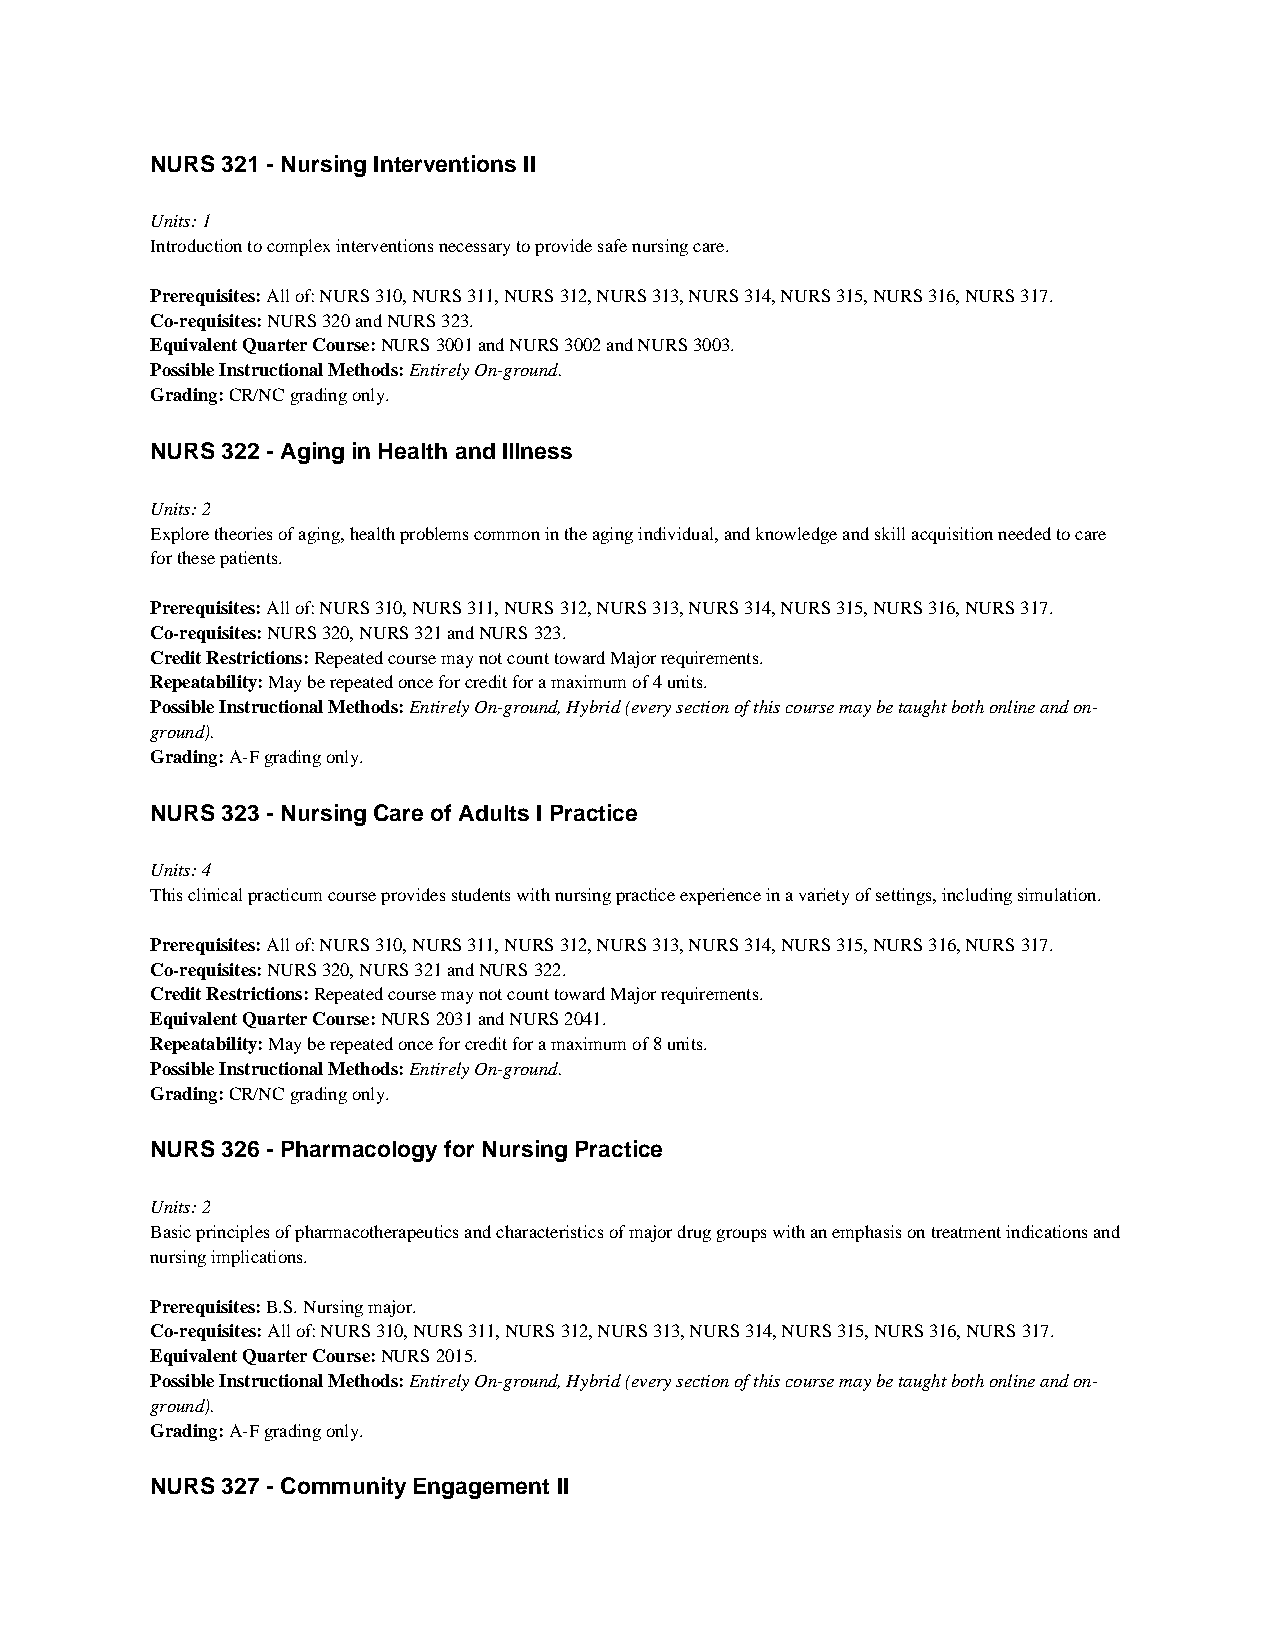
NURS 321 - Nursing Interventions II
 Units: 1
 Introduction to complex interventions necessary to provide safe nursing care.
 Prerequisites: All of: NURS 310, NURS 311, NURS 312, NURS 313, NURS 314, NURS 315, NURS 316, NURS 317.
 Co-requisites: NURS 320 and NURS 323.
 Equivalent Quarter Course: NURS 3001 and NURS 3002 and NURS 3003.
 Possible Instructional Methods: Entirely On-ground.
 Grading: CR/NC grading only.
 NURS 322 - Aging in Health and Illness
 Units: 2
 Explore theories of aging, health problems common in the aging individual, and knowledge and skill acquisition needed to care
 for these patients.
 Prerequisites: All of: NURS 310, NURS 311, NURS 312, NURS 313, NURS 314, NURS 315, NURS 316, NURS 317.
 Co-requisites: NURS 320, NURS 321 and NURS 323.
 Credit Restrictions: Repeated course may not count toward Major requirements.
 Repeatability: May be repeated once for credit for a maximum of 4 units.
 Possible Instructional Methods: Entirely On-ground, Hybrid (every section of this course may be taught both online and on-
 ground).
 Grading: A-F grading only.
 NURS 323 - Nursing Care of Adults I Practice
 Units: 4
 This clinical practicum course provides students with nursing practice experience in a variety of settings, including simulation.
 Prerequisites: All of: NURS 310, NURS 311, NURS 312, NURS 313, NURS 314, NURS 315, NURS 316, NURS 317.
 Co-requisites: NURS 320, NURS 321 and NURS 322.
 Credit Restrictions: Repeated course may not count toward Major requirements.
 Equivalent Quarter Course: NURS 2031 and NURS 2041.
 Repeatability: May be repeated once for credit for a maximum of 8 units.
 Possible Instructional Methods: Entirely On-ground.
 Grading: CR/NC grading only.
 NURS 326 - Pharmacology for Nursing Practice
 Units: 2
 Basic principles of pharmacotherapeutics and characteristics of major drug groups with an emphasis on treatment indications and
 nursing implications.
 Prerequisites: B.S. Nursing major.
 Co-requisites: All of: NURS 310, NURS 311, NURS 312, NURS 313, NURS 314, NURS 315, NURS 316, NURS 317.
 Equivalent Quarter Course: NURS 2015.
 Possible Instructional Methods: Entirely On-ground, Hybrid (every section of this course may be taught both online and on-
 ground).
 Grading: A-F grading only.
 NURS 327 - Community Engagement II